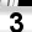
Digit: 3